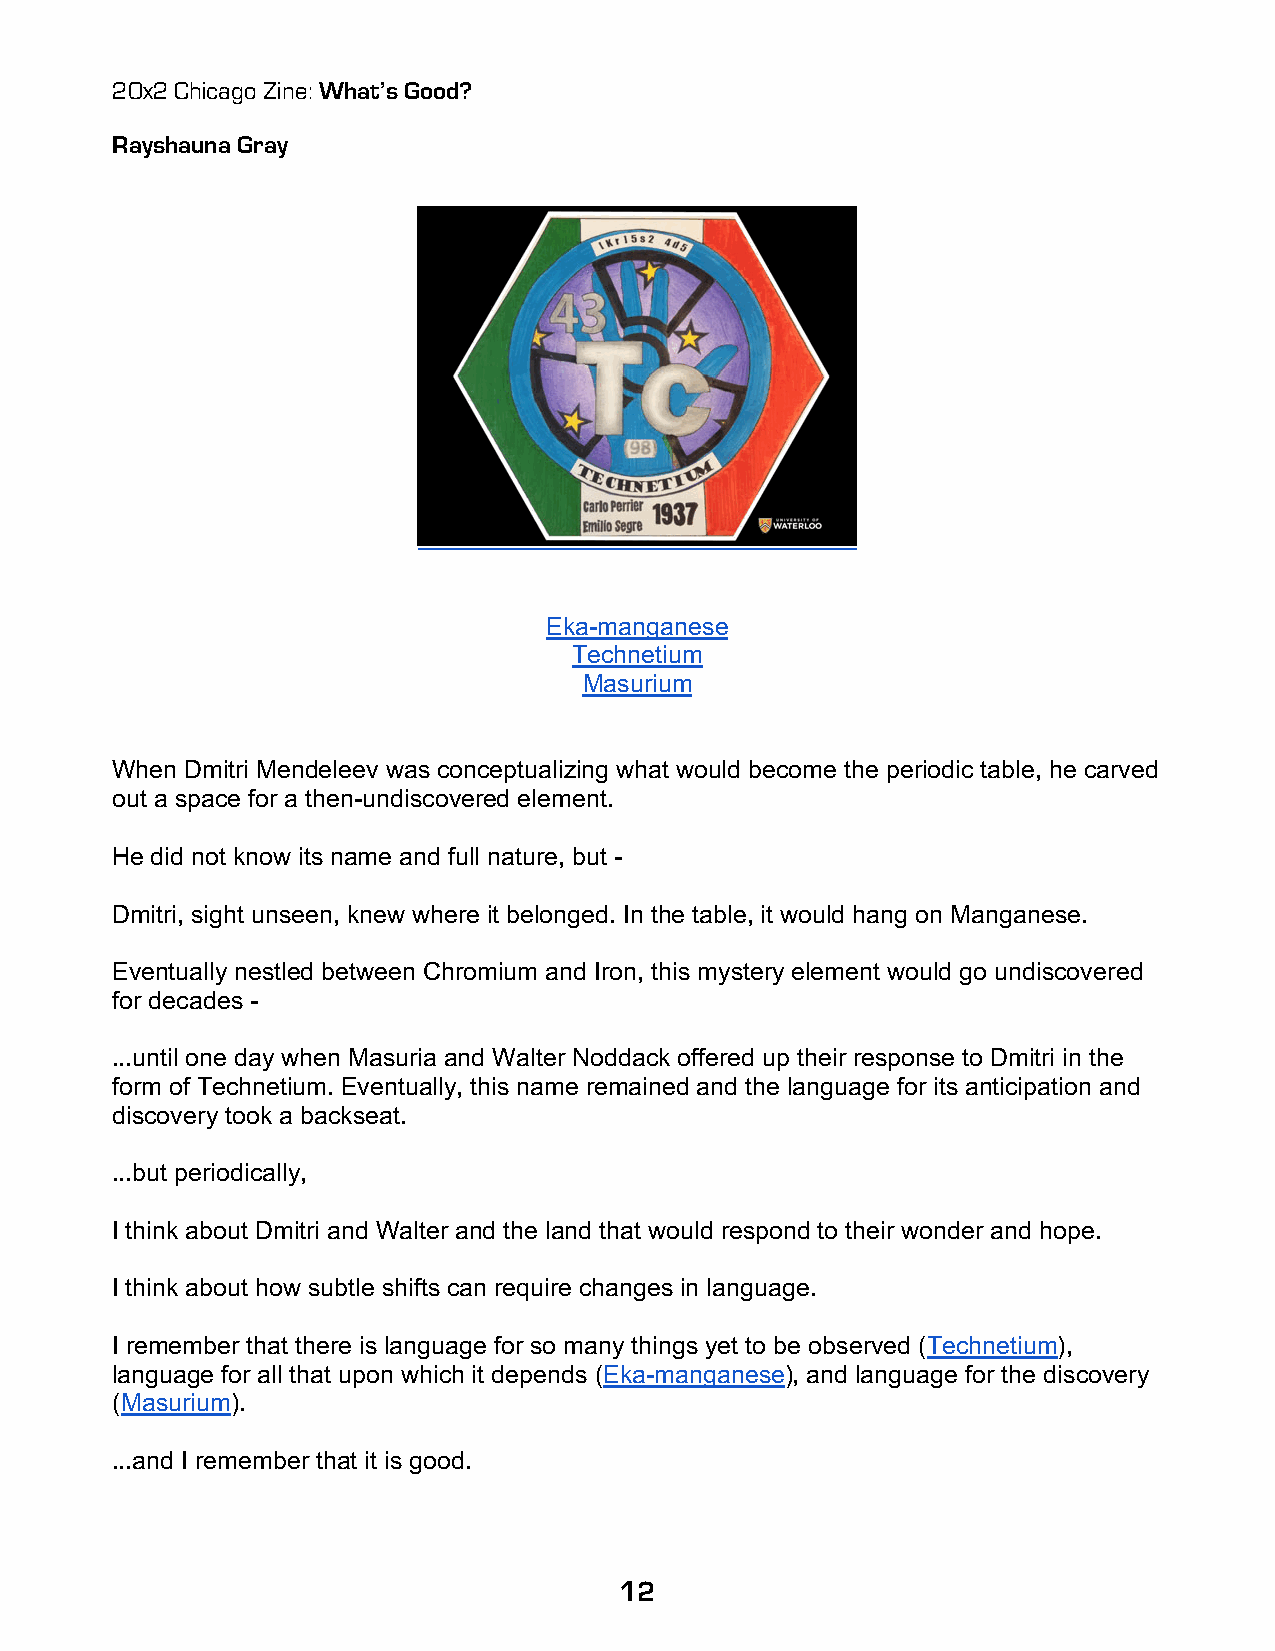
20x2 Chicago Zine: What’s Good?
 Rayshauna Gray
 Eka-manganese
 Technetium
 Masurium
 When Dmitri Mendeleev was conceptualizing what would become the periodic table, he carved
 out a space for a then-undiscovered element.
 He did not know its name and full nature, but -
 Dmitri, sight unseen, knew where it belonged. In the table, it would hang on Manganese.
 Eventually nestled between Chromium and Iron, this mystery element would go undiscovered
 for decades -
 ...until one day when Masuria and Walter Noddack offered up their response to Dmitri in the
 form of Technetium. Eventually, this name remained and the language for its anticipation and
 discovery took a backseat.
 ...but periodically,
 I think about Dmitri and Walter and the land that would respond to their wonder and hope.
 I think about how subtle shifts can require changes in language.
 I remember that there is language for so many things yet to be observed (Technetium),
 language for all that upon which it depends (Eka-manganese), and language for the discovery
 (Masurium).
 ...and I remember that it is good.
 12